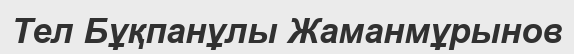
Тел Бұқпанұлы Жаманмұрынов